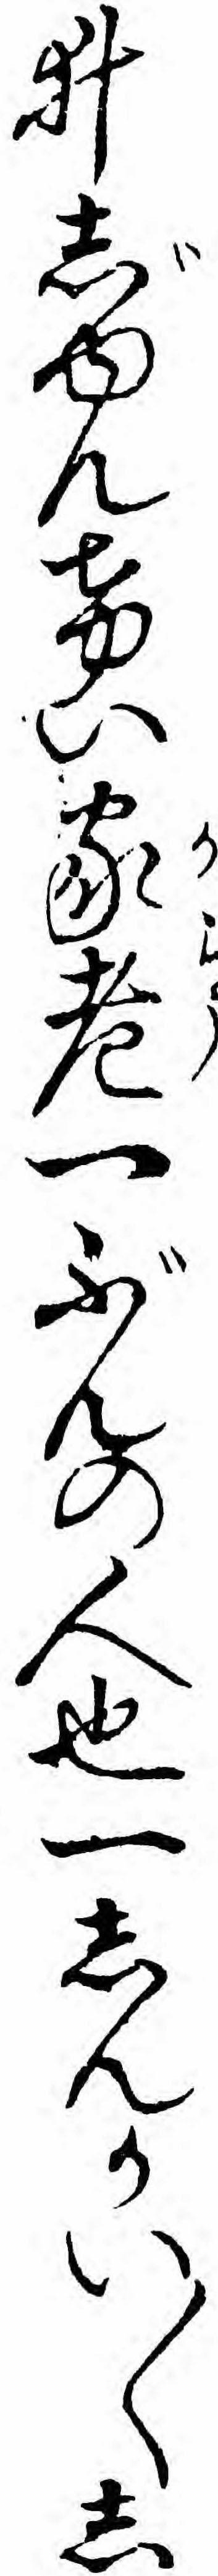
井じゆんけい家老一ぶんの人也一しんかい〱し